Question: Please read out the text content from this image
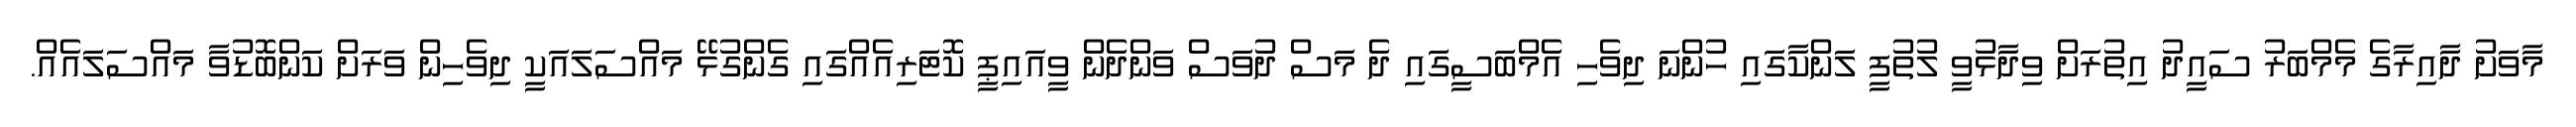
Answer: މާވަށު ދާއިރާގެ މެމްބަރު ސައީދު އިތުރަށް ވިދާޅުވީ ލުތުފީ ލަންކާގައި ހުންނަ ދިވެހި އެމްބަސީގައި ދެ މަސް ދުވަސް ވަންދެން ވީއައިޕީ ކޮޓަރިއެއްގައި ގެންގުޅޭ މައްސަލައަކީ ދިވެހިން ވަރަށް ކަންބޮޑުވާ މައްސަލައެއް.